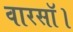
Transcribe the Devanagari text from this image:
वारसॉ।